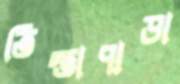
তিস্তাপাড়া